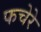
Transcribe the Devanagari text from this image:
फचेरे